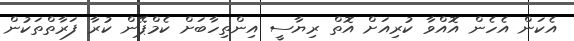
އެކަން އެހެން އޮއްވާ ކުރިއަށް އޮތް ރިޔާސީ އިންތިހާބަށް ކެމްޕޭން ކުރާ ފަރާތްތަކުން